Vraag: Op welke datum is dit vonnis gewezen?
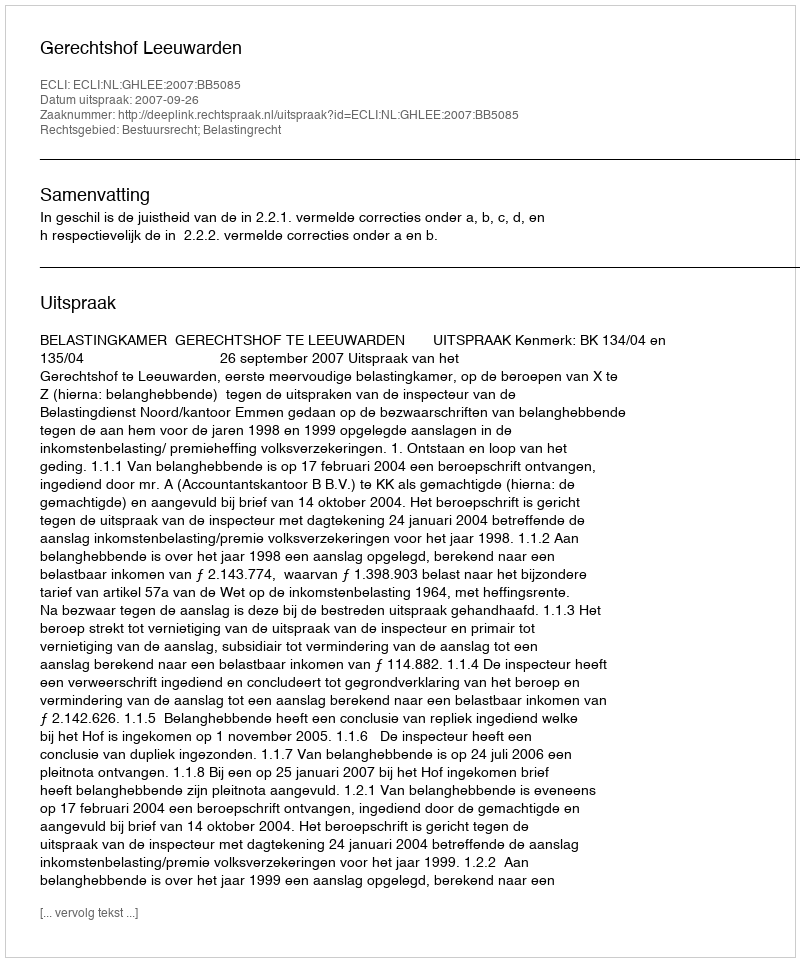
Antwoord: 2007-09-26